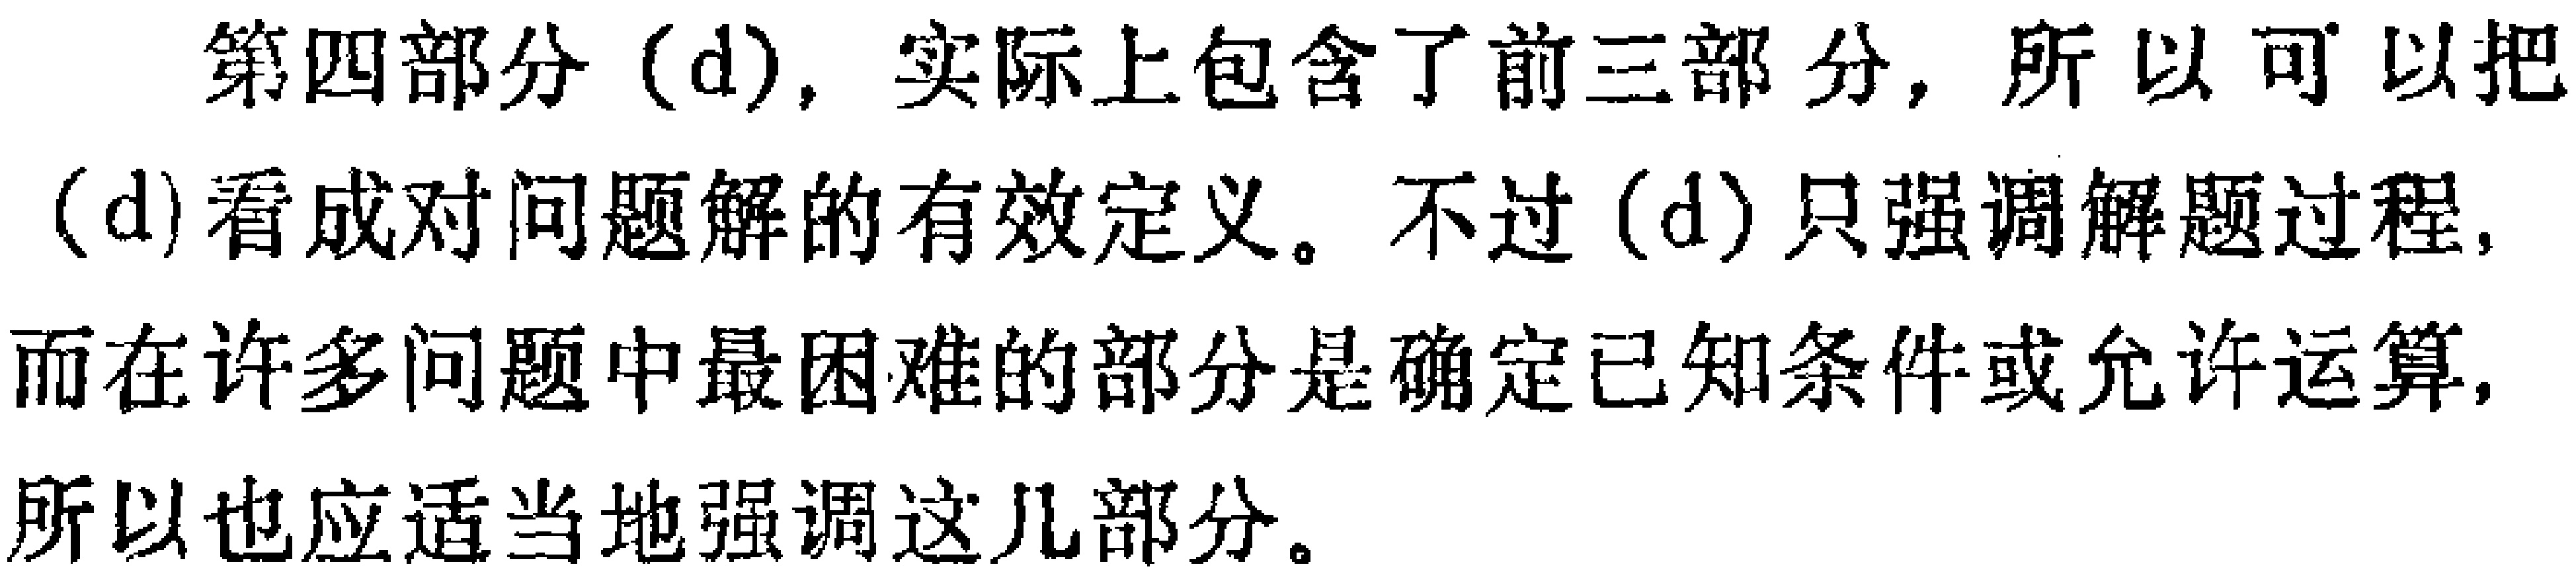
第四部分（d），实际上包含了前三部分，所以可以把（d）看成对问题解的有效定义。不过（d）只强调解题过程，而在许多问题中最困难的部分是确定已知条件或允许运算，所以也应适当地强调这几部分。